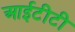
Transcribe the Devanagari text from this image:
आईटीटी